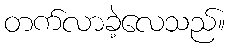
တက်လာခဲ့လေသည်။